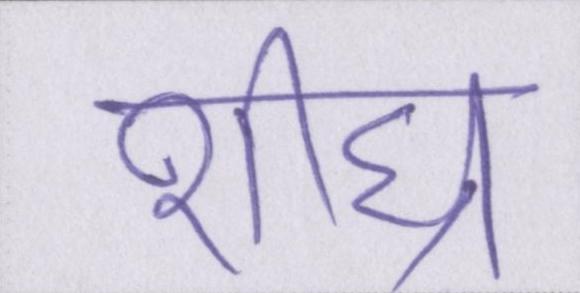
शीघ्र